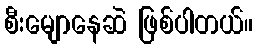
စီးမျောနေဆဲ ဖြစ်ပါတယ်။